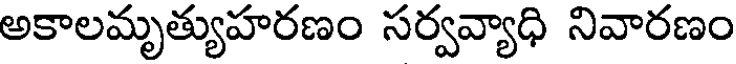
అకాలమృత్యుహరణం సర్వవ్యాధి నివారణం